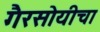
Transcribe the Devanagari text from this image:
गैरसोयीचा